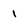
Character: 1